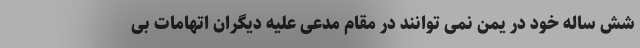
شش ساله خود در یمن نمی توانند در مقام مدعی علیه دیگران اتهامات بی